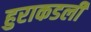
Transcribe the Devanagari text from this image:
हुराकडली